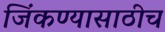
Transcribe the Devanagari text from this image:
जिंकण्यासाठीच